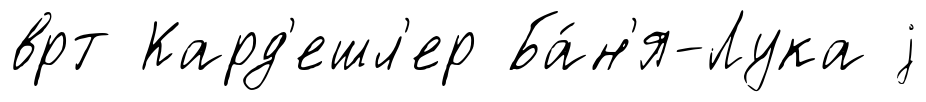
врт Кард'ешл'ер Ба́н'я-Лука j